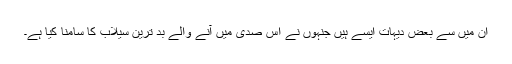
ان میں سے بعض دیہات ایسے ہیں جنہوں نے اس صدی میں آنے والے بد ترین سیلاب کا سامنا کیا ہے۔